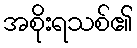
အစိုးရသစ်၏